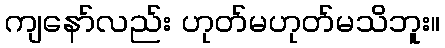
ကျနော်လည်း ဟုတ်မဟုတ်မသိဘူး။